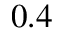
0 . 4